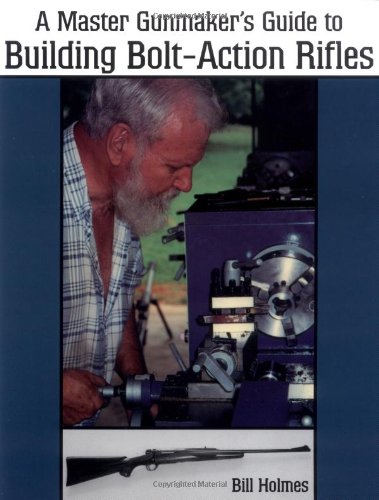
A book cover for The Master Gunmaker's Guide To Building Bolt-action Rifles; Bill Holmes; Crafts, Hobbies & Home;